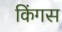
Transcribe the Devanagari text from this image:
किंगस